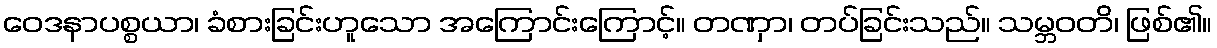
ဝေဒနာပစ္စယာ၊ ခံစားခြင်းဟူသော အကြောင်းကြောင့်။ တဏှာ၊ တပ်ခြင်းသည်။ သမ္ဘဝတိ၊ ဖြစ်၏။